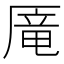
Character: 𰆥